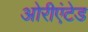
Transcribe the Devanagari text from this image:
ओरीएंटेड